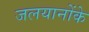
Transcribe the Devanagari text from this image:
जलयानोंके